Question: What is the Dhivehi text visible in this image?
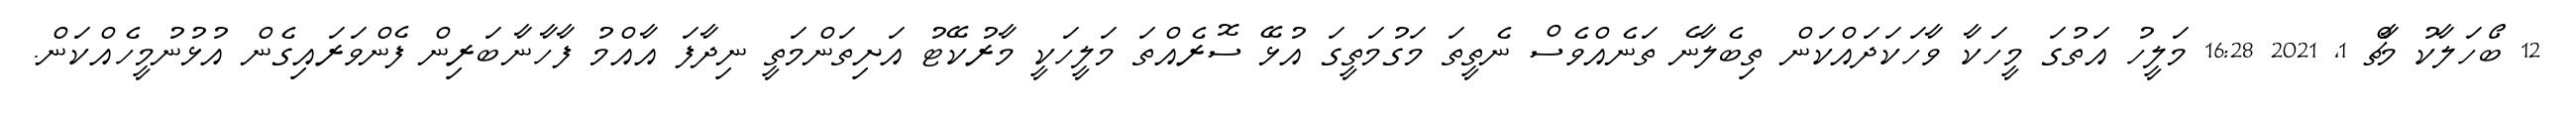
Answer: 12 ބޯހަލާކު މާޗް 1, 2021 16:28 މަލީހު އަތުގަ މީހަކާ ވާހަކަދައްކަން ތިބެލާނެ ތަނެއްވެސް ނެތީތަ މަގުމަތީގަ އުޅޭ ސޮރެއްތަ މަލީހަކީ މާރުކޭޓު އަށިތަންމަތީ ނިދާފަ އާއްމު ފާހާނާބަރިން ފެންވަރައިގެން އުޅުނުމީހެއްކަން.